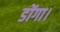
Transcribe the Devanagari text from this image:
डोंगा।